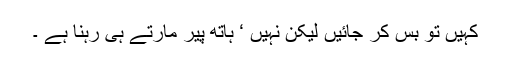
کہیں تو بس کر جائیں لیکن نہیں ‘ ہاتھ پیر مارتے ہی رہنا ہے ۔